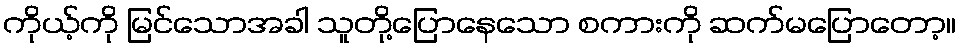
ကိုယ့်ကို မြင်သောအခါ သူတို့ပြောနေသော စကားကို ဆက်မပြောတော့။